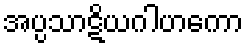
အပ္ပသာဋိယဂါဟကော